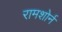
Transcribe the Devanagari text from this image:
रामशोर्न